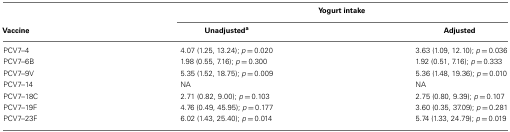
<table><thead><tr><td></td><td colspan="2"><b>Yogurt intake</b></td></tr><tr><td><b>Vaccine</b></td><td><b>Unadjusted<sup>a</sup></b></td><td><b>Adjusted</b></td></tr></thead><tbody><tr><td>PCV7–4</td><td>4.07 (1.25, 13.24); <i>p</i> = 0.020</td><td>3.63 (1.09, 12.10); <i>p</i> = 0.036</td></tr><tr><td>PCV7–6B</td><td>1.98 (0.55, 7.16); <i>p</i> = 0.300</td><td>1.92 (0.51, 7.16); <i>p</i> = 0.333</td></tr><tr><td>PCV7–9V</td><td>5.35 (1.52, 18.75); <i>p</i> = 0.009</td><td>5.36 (1.48, 19.36); <i>p</i> = 0.010</td></tr><tr><td>PCV7–14</td><td>NA</td><td>NA</td></tr><tr><td>PCV7–18C</td><td>2.71 (0.82, 9.00); <i>p</i> = 0.103</td><td>2.75 (0.80, 9.39); <i>p</i> = 0.107</td></tr><tr><td>PCV7–19F</td><td>4.76 (0.49, 45.95); <i>p</i> = 0.177</td><td>3.60 (0.35, 37.09); <i>p</i> = 0.281</td></tr><tr><td>PCV7–23F</td><td>6.02 (1.43, 25.40); <i>p</i> = 0.014</td><td>5.74 (1.33, 24.79); <i>p</i> = 0.019</td></tr></tbody></table>